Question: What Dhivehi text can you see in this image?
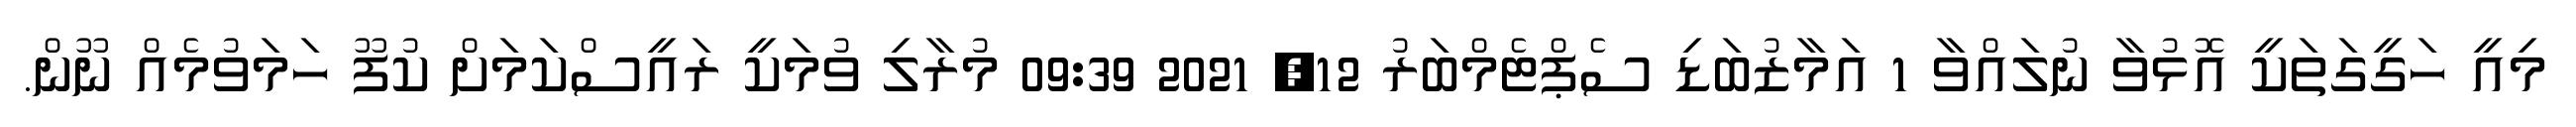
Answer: މިއީ ހަގީގަތަކީ އޮޅުވާ ނުލައްވާ 1 އަމާޒުބަޑި ސެޕްޓެމްބަރު 12, 2021 09:39 މުރާލި ވުމަކީ ރައީސްކަމަށް ކުފޫ ހަމަވުމެއް ނޫން.